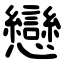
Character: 戀